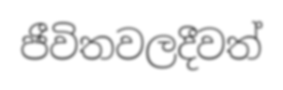
ජීවිතවලදීවත්